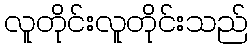
လူတိုင်းလူတိုင်းသည်